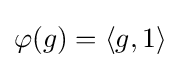
\varphi (g)=\langle g,1\rangle